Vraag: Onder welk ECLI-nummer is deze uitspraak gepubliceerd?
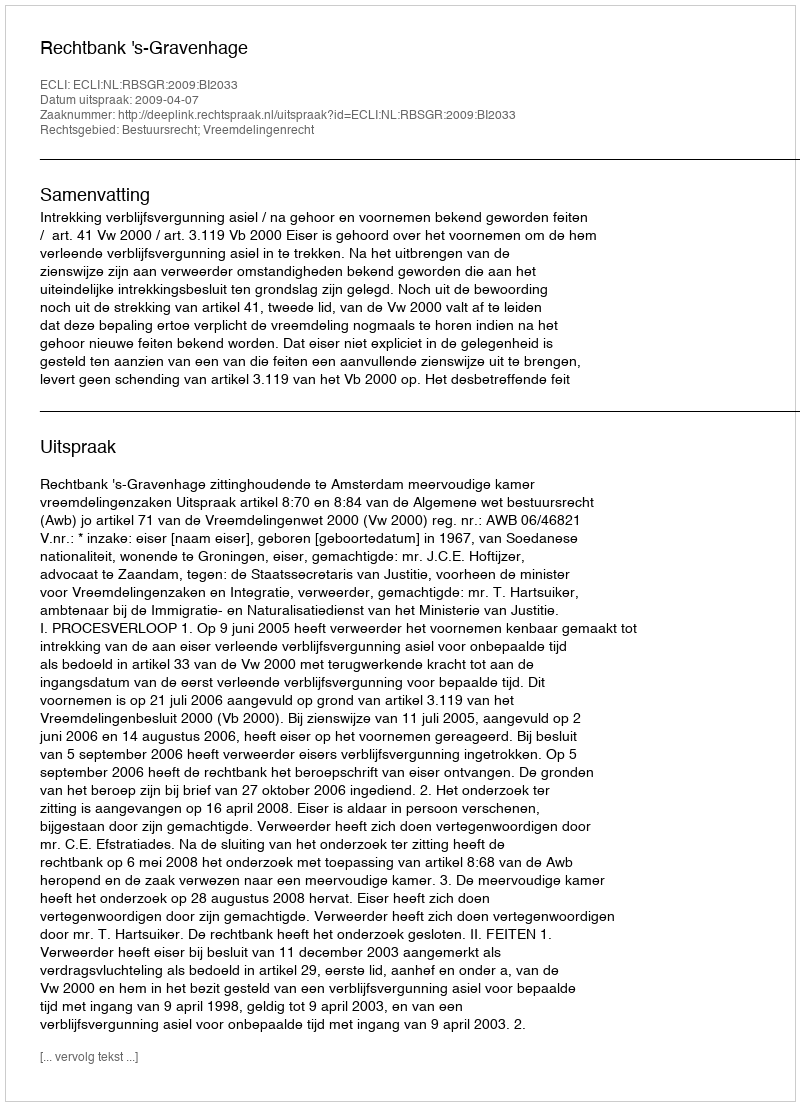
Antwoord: ECLI:NL:RBSGR:2009:BI2033